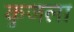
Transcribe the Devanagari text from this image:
कुजला